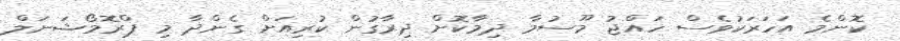
ކޮންމެ އަހަރަކުވެސް ހައްޖު މޫސުމާ ދިމާކޮށް ދިރާގުން ކުރިއަށް ގެންދާ މި ޕްރޮމޯޝަނަލް